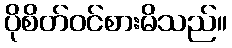
ပိုစိတ်ဝင်စားမိသည်။